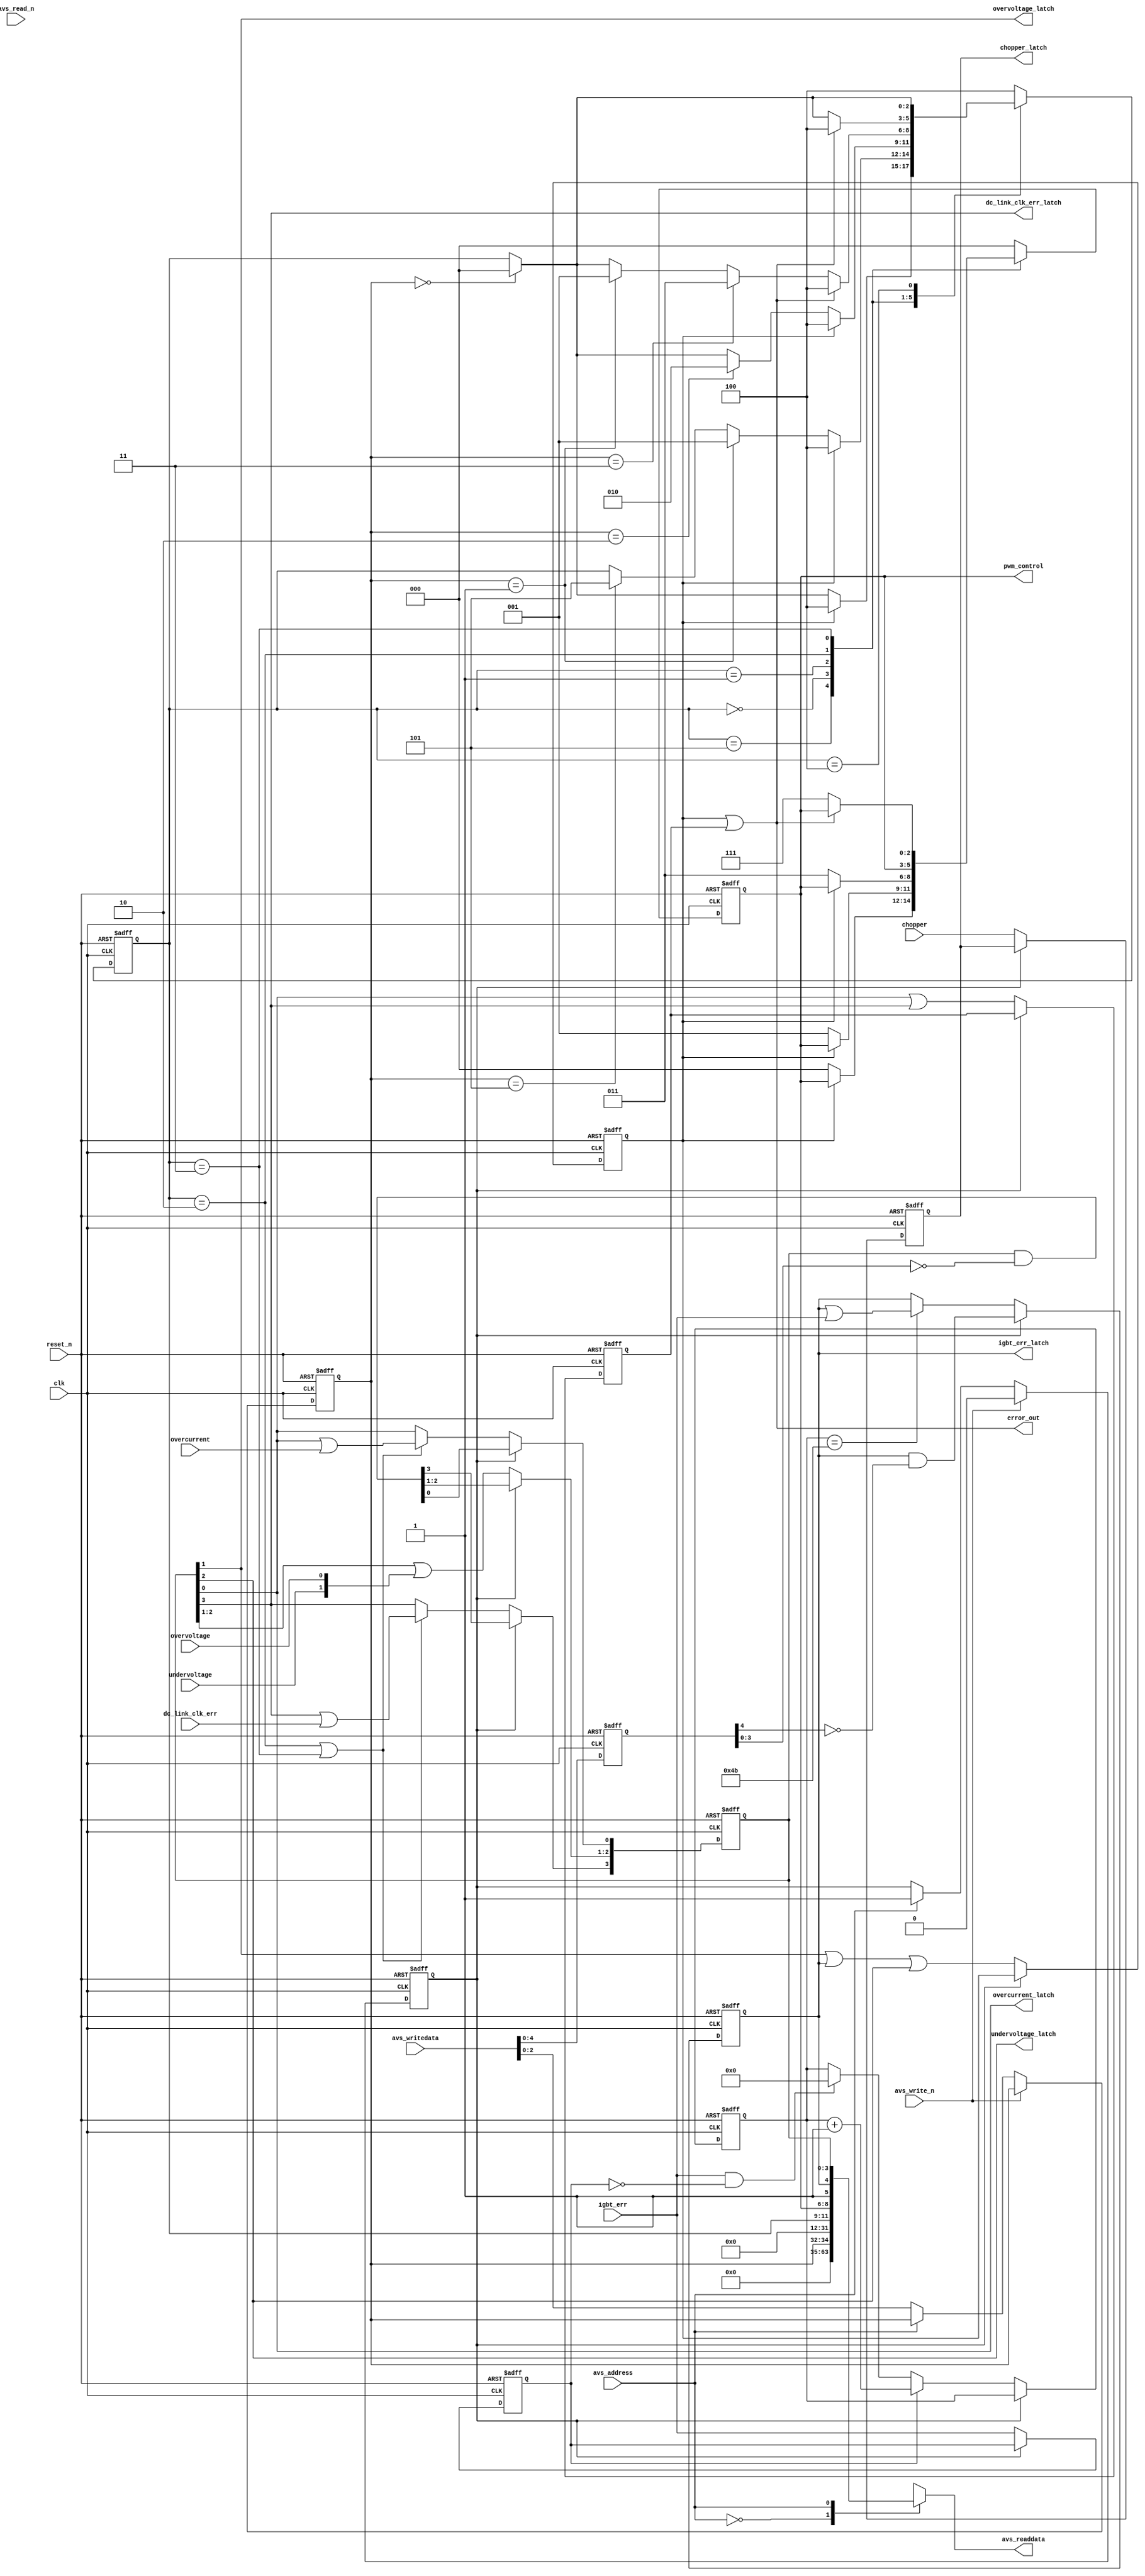
// Copyright (C) 1991-2011 Altera Corporation
// Your use of Altera Corporation's design tools, logic functions 
// and other software and tools, and its AMPP partner logic 
// functions, and any output files from any of the foregoing 
// (including device programming or simulation files), and any 
// associated documentation or information are expressly subject 
// to the terms and conditions of the Altera Program License 
// Subscription Agreement, Altera MegaCore Function License 
// Agreement, or other applicable license agreement, including, 
// without limitation, that your use is for the sole purpose of 
// programming logic devices manufactured by Altera and sold by 
// Altera or its authorized distributors.  Please refer to the 
// applicable agreement for further details.

// 1.2 extra IDLE state to DSM which can be used to disable the PWM 
//     under software control 
//     Correct operation of state machine so that (e1 | e3) term does not mask 
//     remainder of state machine and prevent pwm being disable under fault condition.

`timescale 1ns/1ns

module ssg_emb_dsm (
	input           clk,
	input           reset_n,

    // Avalon-MM in system clk domain
	input               avs_write_n,
	input               avs_read_n,
	input               avs_address,
	input [31:0]        avs_writedata,
	output reg [31:0]   avs_readdata,

	input               overcurrent,
	input               overvoltage,
	input               undervoltage,
	input               chopper,
	input               dc_link_clk_err,
    input               igbt_err,
    
    output wire     error_out,
    output wire     overcurrent_latch,
    output wire     overvoltage_latch,
    output wire     undervoltage_latch,
    output wire     dc_link_clk_err_latch,
    output wire     igbt_err_latch,
    output reg      chopper_latch,
    output reg [2:0] pwm_control
);											

//
// Avalon register interface
//
reg [2:0] control_reg;
reg clear_status;
always @(posedge clk or negedge reset_n)
    if (~reset_n)
    begin
        control_reg <= 3'b0;
        clear_status <= 1'b0;
    end
    else if (~avs_write_n)
    begin
        case (avs_address)
            4'h0:   control_reg <= avs_writedata[2:0];
            4'h1:   clear_status <= 1'b1;
        endcase
    end
    else
        clear_status <= 1'b0;

reg [2:0] state;
reg [4:0] status_bits;
always @(*)
    case (avs_address)
        4'h0:   avs_readdata <= {29'b0, control_reg};
        4'h1:   avs_readdata <= {20'b0, state, pwm_control, 1'b1, status_bits};
        default:    avs_readdata <= 32'h0;
    endcase

// Status bits are sticky and cleared by write 1 to the bit(s) in status reg
reg [4:0] avs_writedata_r;
reg e1, e2;
always @(posedge clk or negedge reset_n)
    if (~reset_n)
        avs_writedata_r <= 5'b0;
    else
        avs_writedata_r <= avs_writedata[4:0];
        
always @(posedge clk or negedge reset_n)
    if (~reset_n)
    begin
        status_bits[3:0] <= 4'b0;
        chopper_latch <= 1'b0;
        e1 <= 1'b0;
        e2 <= 1'b0;
    end
    else if (clear_status)
        status_bits[3:0] <= status_bits[3:0] & ~avs_writedata_r[3:0];
    else
    begin
        chopper_latch <= chopper;
        e1 <= overvoltage_latch | igbt_err_latch | undervoltage_latch; 	
        e2 <= overcurrent_latch | dc_link_clk_err_latch ; 					
        
        status_bits[2:1] <= status_bits[2:1] | {undervoltage, overvoltage};
        if ((state == 2) || (state == 3))
        begin
            status_bits[0] <= status_bits[0] | overcurrent;
            status_bits[3] <= status_bits[3] | dc_link_clk_err;
        end
    end

assign overcurrent_latch = status_bits[0];
assign overvoltage_latch = status_bits[1];
assign undervoltage_latch = status_bits[2];
assign dc_link_clk_err_latch = status_bits[3];
assign igbt_err_latch = status_bits[4];
assign error_out = e1 | e2;

// Accumulate IGBT errors
reg [7:0] igbt_cnt;
reg igbt_err_r;
always @(posedge clk or negedge reset_n)
    if (~reset_n)
    begin
		igbt_cnt <= 8'b0;
        igbt_err_r <= 1'b0;
        status_bits[4] <= 1'b0;
    end
    else if (clear_status)
        status_bits[4] <= status_bits[4] & ~avs_writedata_r[4];
	else
    begin
		igbt_err_r <= igbt_err;
		if (igbt_err & ~igbt_err_r)
        begin
			igbt_cnt <= 8'b0;
		end
		if (igbt_err_r)
			igbt_cnt <= igbt_cnt + 8'b1;
		if (igbt_cnt == 8'd75)
			status_bits[4] <=  status_bits[4] | igbt_err ;
	end

parameter   init    = 3'b000,
            prech   = 3'b001,
            prer    = 3'b010,
            run     = 3'b011,
            error   = 3'b100,
			idle    = 3'b101;

parameter   pwm_disable = 3'b000,
            pwm_enable  = 3'b001,
            pwm_lower   = 3'b011,
            pwm_both    = 3'b111;

always @(posedge clk or negedge reset_n)
    if (~reset_n)
    begin
		state <= 3'b0;
        pwm_control <= pwm_disable;
    end
	else
    begin
		case (state)
			idle:
				if (e1)
					state <= error;
				else
				begin
					// Idle State - disable PWM under software control
					pwm_control <= pwm_disable;
					if (control_reg == init)
						state <= init;					
				end

			init:
				if (e1)
					state <= error;
				else
				begin
					// Init State - enable Drive-PWM
					pwm_control <= pwm_enable;
					if (control_reg == prech)
						state <= prech;
					else if (control_reg == idle)
						state <= idle;							
				end
			
			prech:
				if (e1)
					state <= error;
				else
				begin
					// Pre-Charge State (Bootstrap) - enable Drive-PWM and lower Bridges(EN_Lower)
					pwm_control <= pwm_lower; 
					if (control_reg == prer)
						state <= prer;
					else if (control_reg == init)
						state <= init;
				end
			
			prer:
				begin
					// Pre-Run State (same as Pre-Charge but consider Errors)
					if (e1 | e2)
						state <= error;
					else
					begin
						if (control_reg == run)
							state <= run;
						else if (control_reg == prech)
							state <= prech;
						else if (control_reg == init)
							state <= init;
					end
				end
			
			run:
				begin
					// Run State - enable Drive-PWM and both Bridges (EN_Upper and EN_Lower)
					if (e1 | e2)
						state <= error;
					else
					begin
						pwm_control <= pwm_both;
						if (control_reg == init)
							state <= init;
					end
				end
			
			error:
				begin
					// Error State - disable whole Drive-PWM 
					pwm_control <= pwm_disable;
					if (control_reg == init)
						state <= init;
				end
				
			default:
				begin
					// Fault - change to state Error
					pwm_control <= pwm_disable;
					state <= error;
				end
		endcase
	end







endmodule   // ssg_emb_dsm